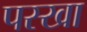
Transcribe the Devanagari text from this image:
पस्खा